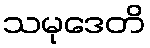
သမုဒေတိ